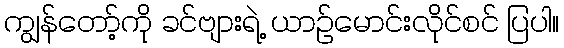
ကျွန်တော့်ကို ခင်ဗျားရဲ့ ယာဉ်မောင်းလိုင်စင် ပြပါ။